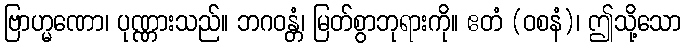
ဗြာဟ္မဏော၊ ပုဏ္ဏားသည်။ ဘဂဝန္တံ၊ မြတ်စွာဘုရားကို။ ဧတံ (ဝစနံ)၊ ဤသို့သော